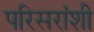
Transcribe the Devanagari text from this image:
परिसरांशी